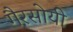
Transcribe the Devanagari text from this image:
गैरसोयी